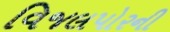
વિજલપોરની